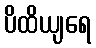
ပိထိယျရေ